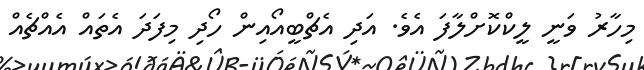
މިހާރު ވަނީ ލީކްކޮށްލާފަ އެވެ. އަދި އެޗްބީއޯއިން ހޯދި މިފަދަ އެތައް އެއްޗެއް